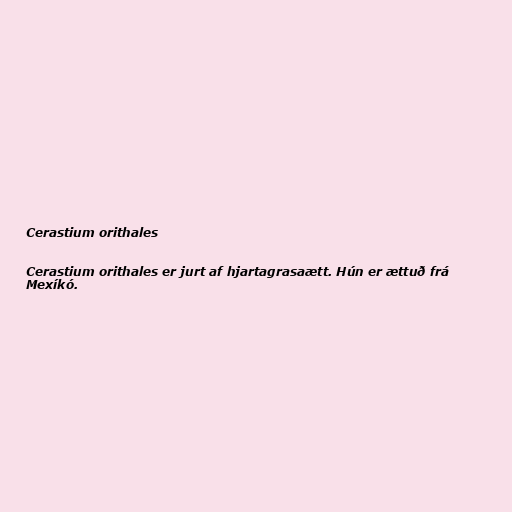
Cerastium orithales

Cerastium orithales er jurt af hjartagrasaætt. Hún er ættuð frá
Mexíkó.